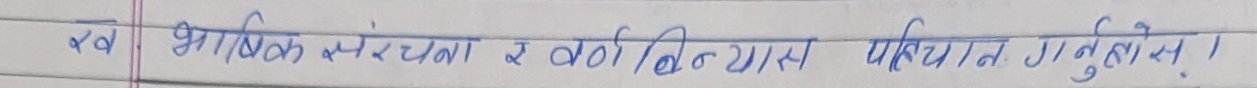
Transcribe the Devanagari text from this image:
ख भौतिक संरचना र वर्गीकरण पहिचान गर्नुहोस्!